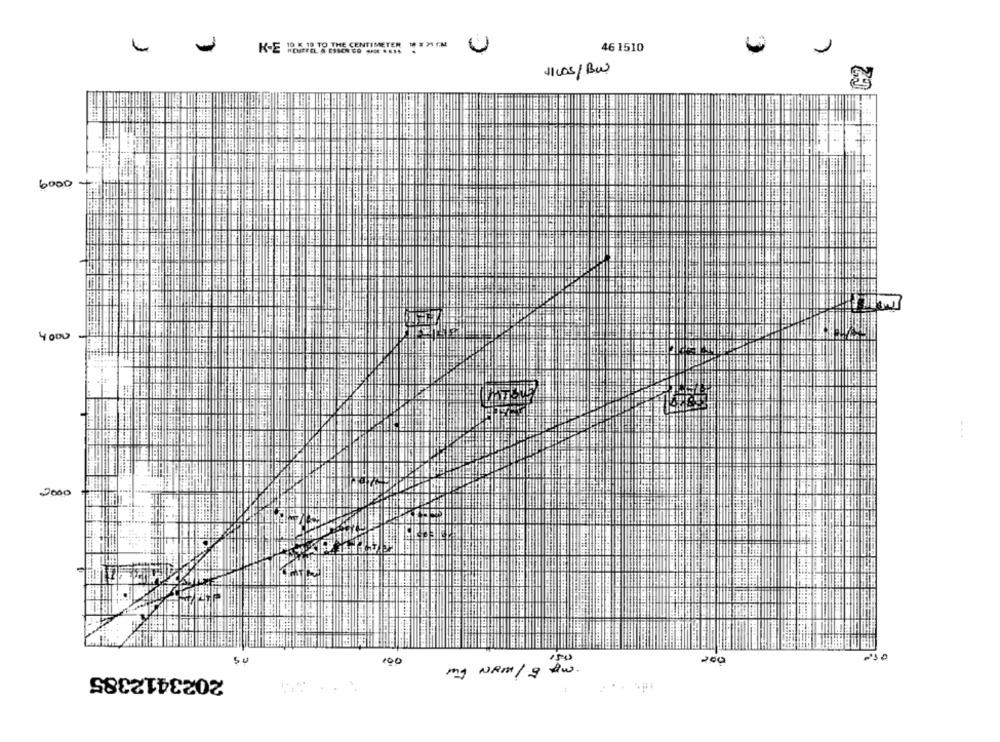
46 1510
1100s/BW
6000
4000
54
200
100
2023412385
my NAM / g Aw.